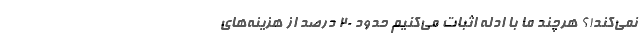
نمی‌کند!؟ هرچند ما با ادله اثبات می‌کنیم حدود ۲۰ درصد از هزینه‌های